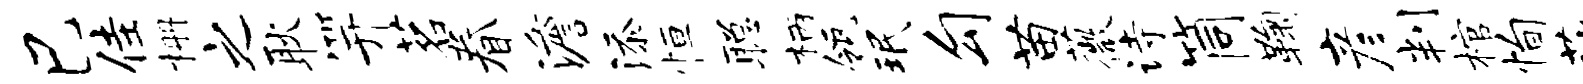
巳佳栅之耿笄茗眷澹添恒聪柄瓴珉勾苗薇诗筒鞠彦判棺恂莎